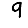
Digit: 9